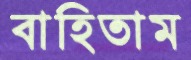
বাহিতাম